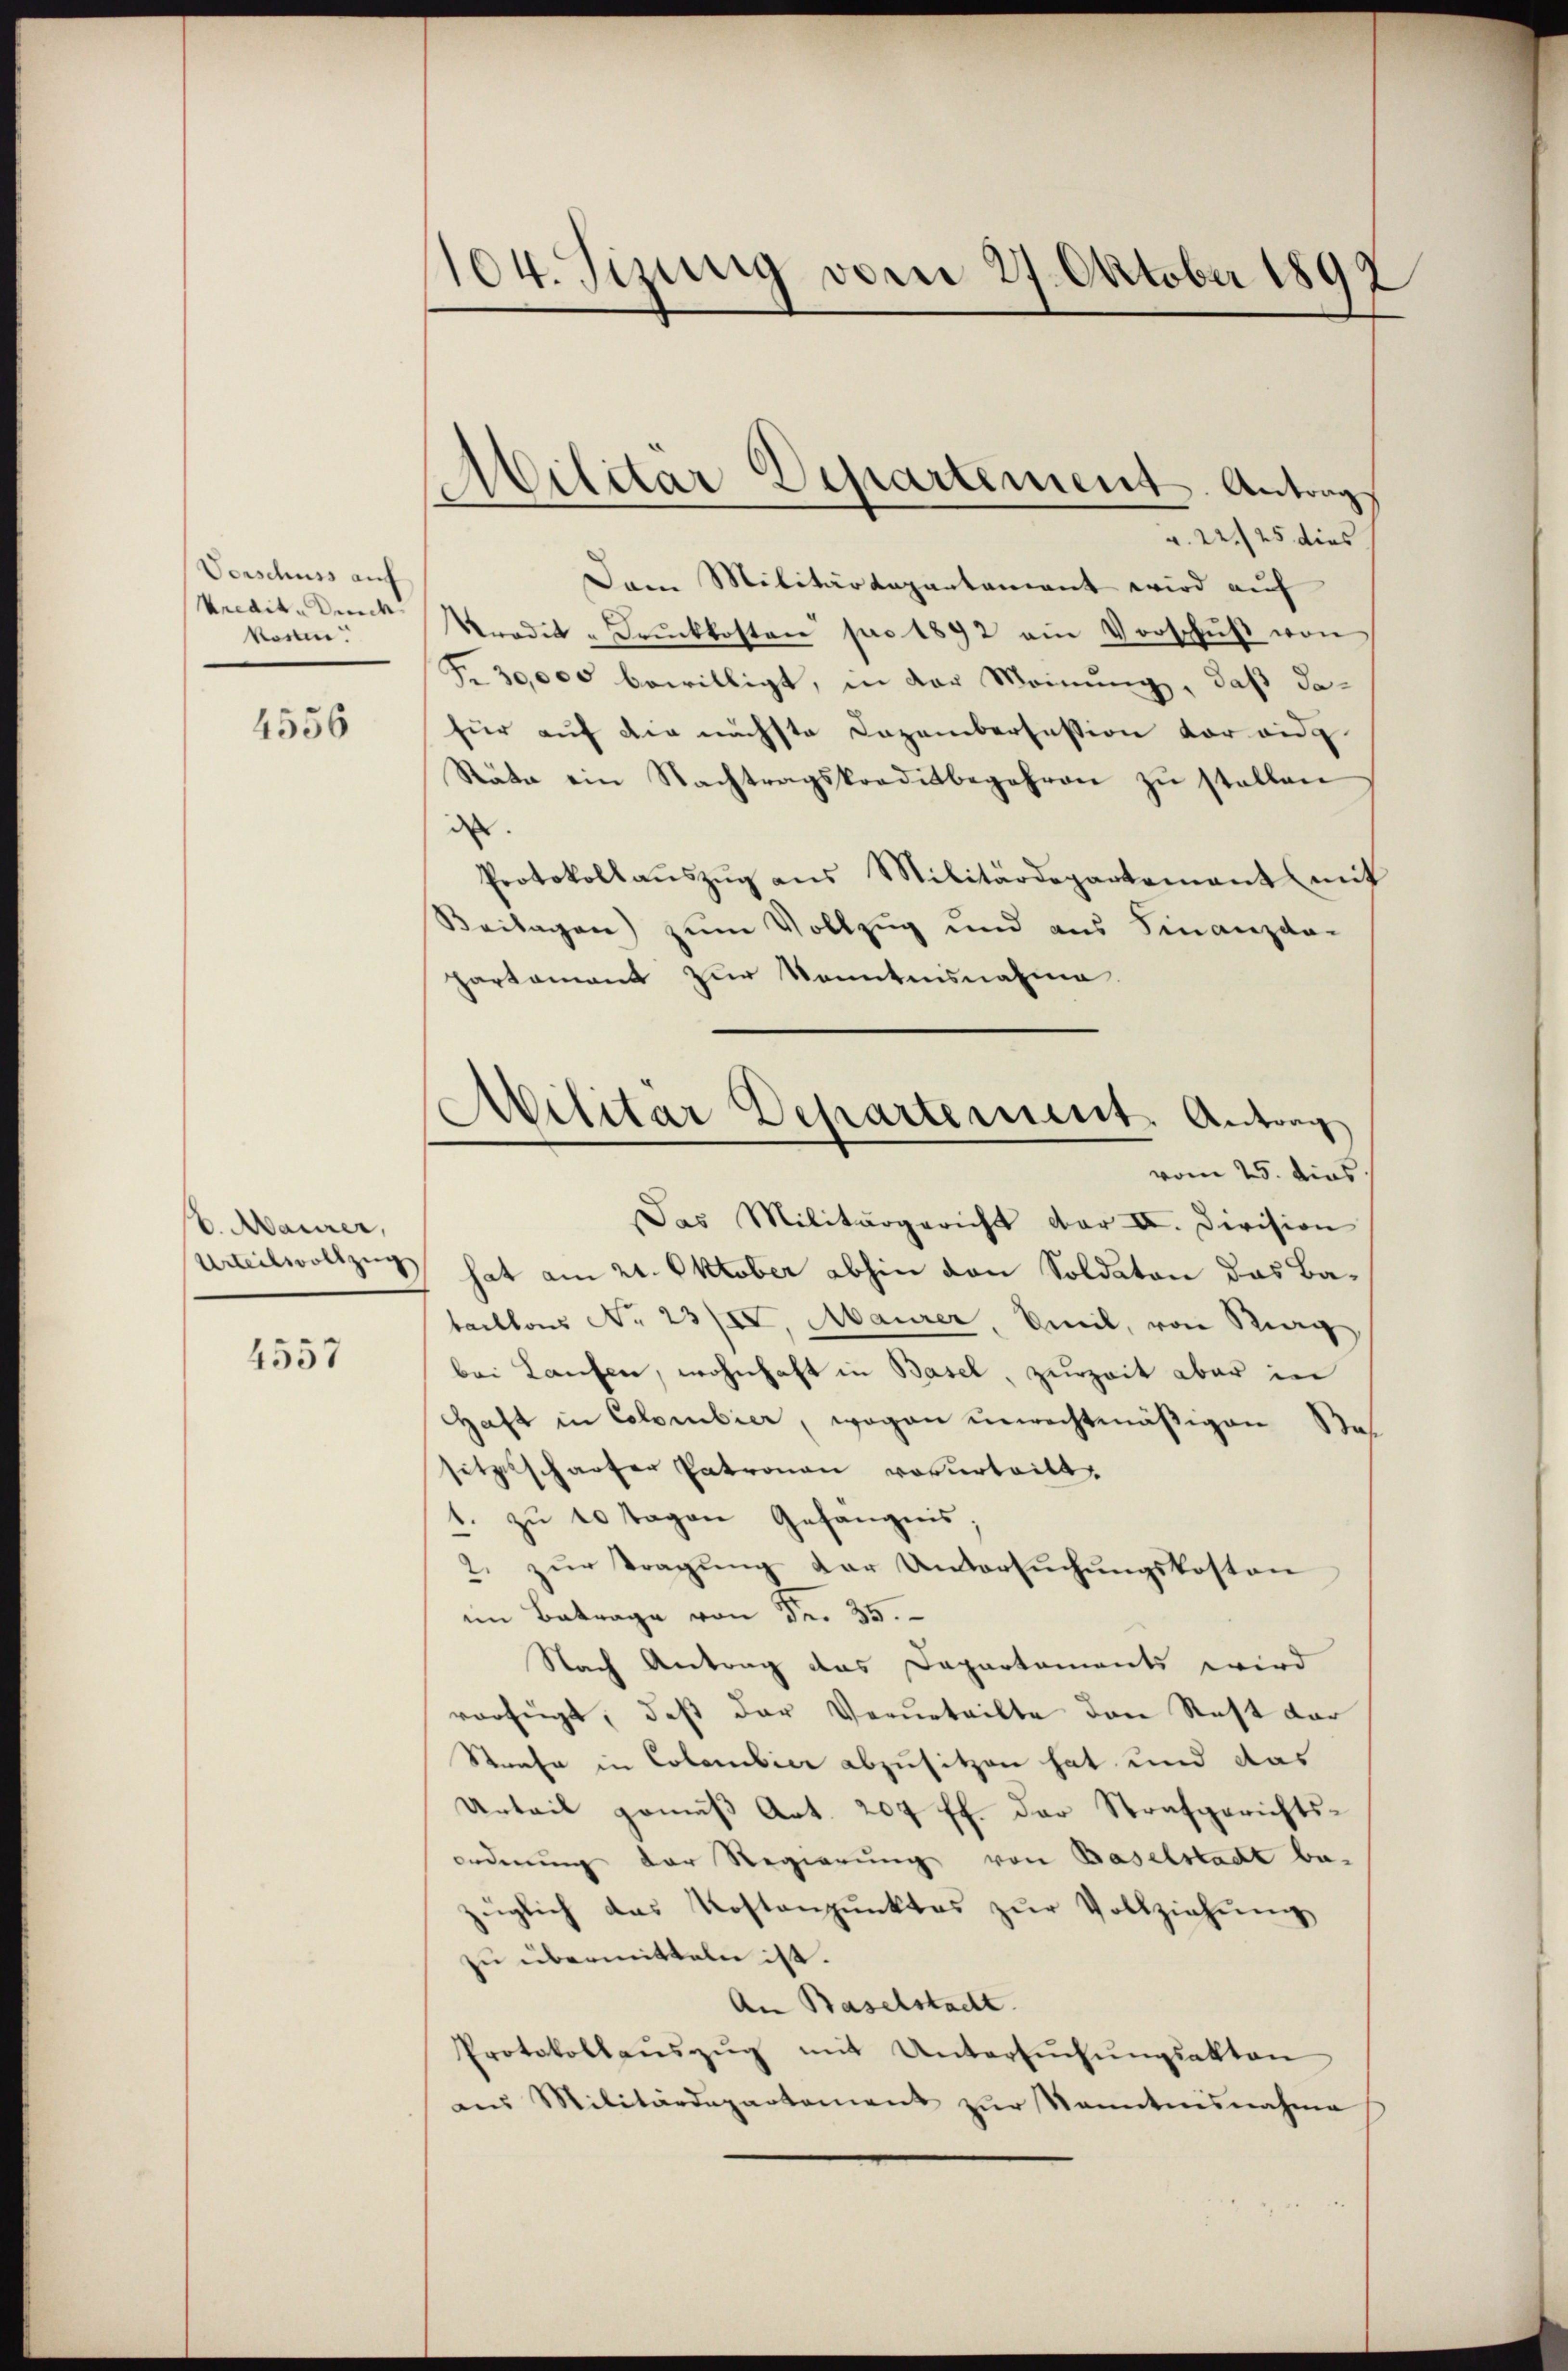
Vorschuss auf
Uecaite denck
Kosten

4556

6. Maurer,
Urteilvollzug

4557

104. Sizung vom 27. Oktober 1892

v. 22./25 dies
Dem Militärdepartament wird auf
Kredit - Drŭckkosten pro 1892 ein Vorschŭβ von
Fr. 30,000 bewilligt, in der Meinung, daß dafür auf die nächste Dezembersession vor eidg.
Stäte ein Nachtragskreditbegehren zu stellen
de
Protokollaŭszŭg ans Militärdepartement mit
Beilagen) zum Vollzug und aus Finanzda-
partamant zur Kenntnisnahme
Das Militärgericht der II. Division
hat am 21. Oktober abhin den Soldaten das Bataillons No 23/I, Maurer, Emil, von Mag
bei Laufen, wohnhaft in Basel, zurzeit aber in
Haft in Colombier, wogen unrechtmäßigen Res
sitzelscharfer Patronau vorurteilt.
1. zu 10 Tagen Gefängnis;
2. zur Tragung der Untersuchungskosten
im Betrage von Fr. 35.
Nach Antrag das Dapartaments wird
verfügt, daß der Verurteilte den Rest dar
Strafe in Colombier abzusitzen hat und das
Urteil gemäß Art. 204 ff. der Strafgerichtsordnung der Regierung von Baselstadt bezüglich das Kostenpŭnktes zŭr Vollziehŭng
zu übermitteln ist.
An Baselstadt.
Protokollaŭszŭg mit Untersŭchŭngsakten
aŭ Militärdepartement zŭr Kenntnisnahme

Militar Departement. Antrag

Militar Departement. Antrag
vom 25. dies